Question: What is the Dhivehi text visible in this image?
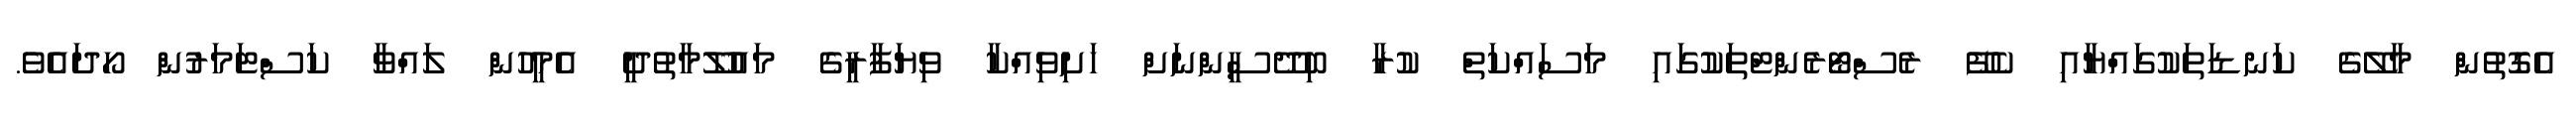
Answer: އެގޮތުން މާލޭގެ ކަނޑަތަކުގައްޔާއި ކެފޭ ރެސްޓޯރެންޓްތަކުގައި މަސައްކަތް ކުރާ ބިދޭސީންނަށް ހަށިވިއްކާ ވިޔަފާރީގެ މައުލޫމާތުދީ އެމީހުން ލައްވާ ކަސްޓަމަރުން ހޯދައެވެ.